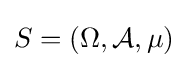
S=\left(\Omega ,{\mathcal {A}},\mu \right)